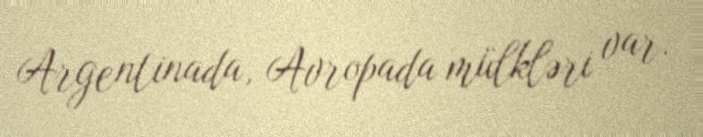
Argentinada, Avropada mülkləri var.